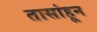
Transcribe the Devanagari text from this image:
तासांहून